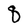
Character: q